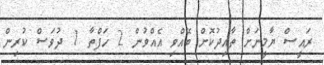
ރައީސް ޔާމީނަށް ތާއިދުކޮށް ބޭއްވި އެއްވުން 2 ހަފްތާ 1 ދުވަސް ކުރިން